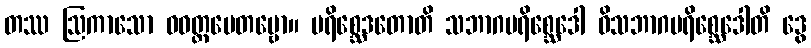
တဿ ဩကာသော ဝဝတ္ထပေတဗ္ဗော။ ပရိစ္ဆေဒတောတိ သဘာဂပရိစ္ဆေဒေါ ဝိသဘာဂပရိစ္ဆေဒေါတိ ဒွေ